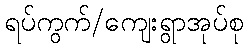
ရပ်ကွက်/ကျေးရွာအုပ်စု